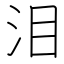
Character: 泪